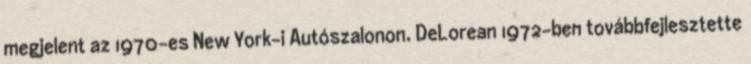
megjelent az 1970-es New York-i Autószalonon. DeLorean 1972-ben továbbfejlesztette